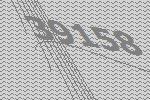
39158